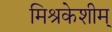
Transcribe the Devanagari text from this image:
मिश्रकेशीम्